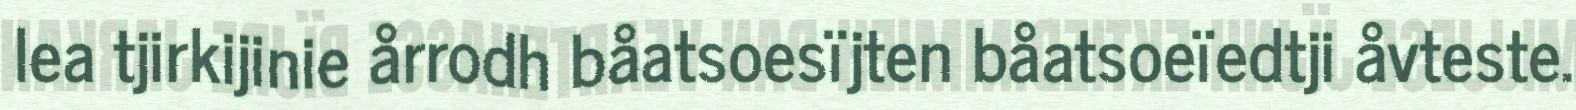
lea tjirkijinie årrodh båatsoesïjten båatsoeïedtji åvteste.